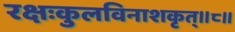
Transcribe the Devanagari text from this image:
रक्षःकुलविनाशकृत्‌॥८॥